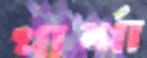
পার্শা